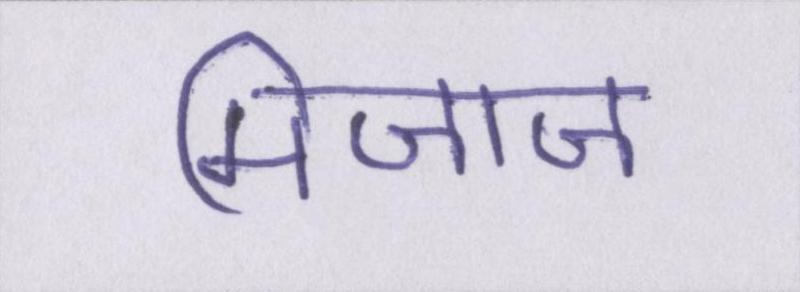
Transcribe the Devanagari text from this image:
मिजाज